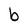
Character: b